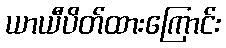
ယာယီပိတ်ထားကြောင်း